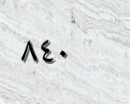
٨٤٠